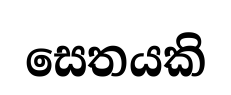
සෙතයකි